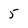
Character: 5